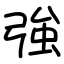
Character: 強